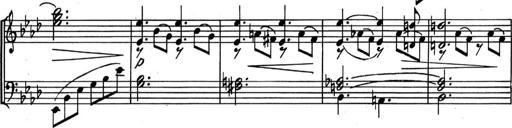
Title: Kleine Sonate
Composer: Raoul Koczalski
Key: C major